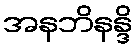
အနဘိနန္ဒိ